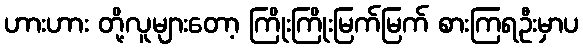
ဟားဟား တို့လူများတော့ ကြိုးကြိုးမြက်မြက် စားကြရဦးမှာပ